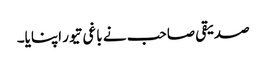
صدیقی صاحب نے باغی تیور اپنایا۔